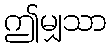
ဤမျှသာ